Indian journal of veterinary science and animal husbandry - Volume 1,
Year: 1931
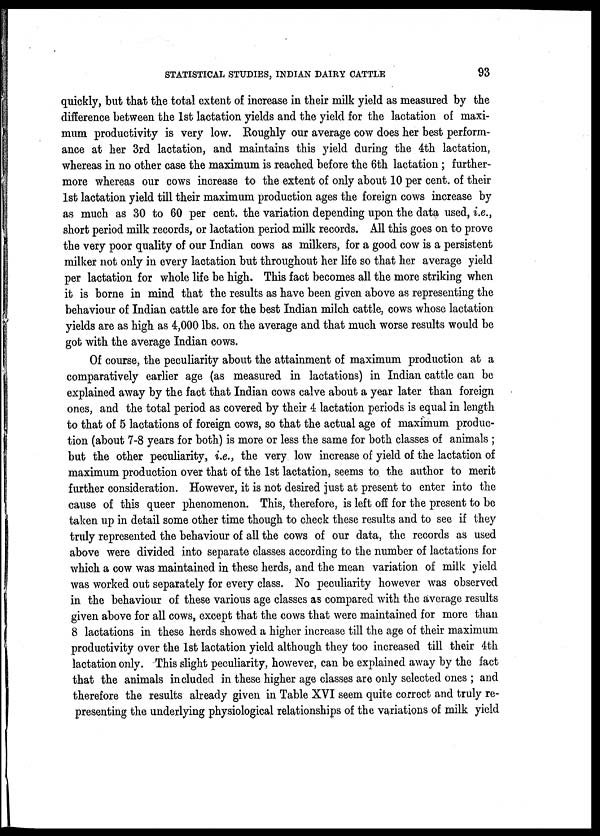
STATISTICAL STUDIES, INDIAN DAIRY CATTLE
93
quickly, but that the total extent of increase in their milk yield as measured by the
difference between the 1st lactation yields and the yield for the lactation of maxi-
mum productivity is very low. Roughly our average cow does her best perform-
ance at her 3rd lactation, and maintains this yield during the 4th lactation,
whereas in no other case the maximum is reached before the 6th lactation ; further-
more whereas our cows increase to the extent of only about 10 per cent. of their
1st lactation yield till their maximum production ages the foreign cows increase by
as much as 30 to 60 per cent. the variation depending upon the data used, i.e.,
short period milk records, or lactation period milk records. All this goes on to prove
the very poor quality of our Indian cows as milkers, for a good cow is a persistent
milker not only in every lactation but throughout her life so that her average yield
per lactation for whole life be high. This fact becomes all the more striking when
it is borne in mind that the results as have been given above as representing the
behaviour of Indian cattle are for the best Indian milch cattle, cows whose lactation
yields are as high as 4,000 lbs. on the average and that much worse results would be
got with the average Indian cows.
Of course, the peculiarity about the attainment of maximum production at a
comparatively earlier age (as measured in lactations) in Indian cattle can be
explained away by the fact that Indian cows calve about a year later than foreign
ones, and the total period as covered by their 4 lactation periods is equal in length
to that of 5 lactations of foreign cows, so that the actual age of maximum produc-
tion (about 7-8 years for both) is more or less the same for both classes of animals ;
but the other peculiarity, i.e., the very low increase of yield of the lactation of
maximum production over that of the 1st lactation, seems to the author to merit
further consideration. However, it is not desired just at present to enter into the
cause of this queer phenomenon. This, therefore, is left off for the present to be
taken up in detail some other time though to check these results and to see if they
truly represented the behaviour of all the cows of our data, the records as used
above were divided into separate classes according to the number of lactations for
which a cow was maintained in these herds, and the mean variation of milk yield
was worked out separately for every class. No peculiarity however was observed
in the behaviour of these various age classes as compared with the average results
given above for all cows, except that the cows that were maintained for more than
8 lactations in these herds showed a higher increase till the age of their maximum
productivity over the 1st lactation yield although they too increased till their 4th
lactation only. This slight peculiarity, however, can be explained away by the fact
that the animals included in these higher age classes are only selected ones ; and
therefore the results already given in Table XVI seem quite correct and truly re-
presenting the underlying physiological relationships of the variations of milk yield